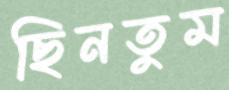
ছিনতুম